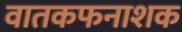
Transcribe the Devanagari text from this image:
वातकफनाशक